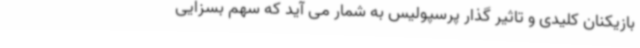
بازیکنان کلیدی و تاثیر گذار پرسپولیس به شمار می آید که سهم بسزایی